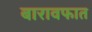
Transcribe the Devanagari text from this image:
बारावफात